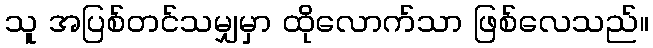
သူ အပြစ်တင်သမျှမှာ ထိုလောက်သာ ဖြစ်လေသည်။